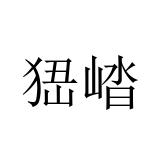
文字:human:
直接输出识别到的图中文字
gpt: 峱崉